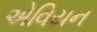
એવિયન